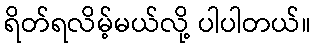
ရိတ်ရလိမ့်မယ်လို့ ပါပါတယ်။